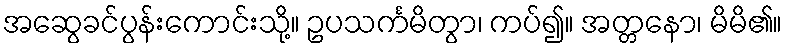
အဆွေခင်ပွန်းကောင်းသို့။ ဥပသင်္ကမိတွာ၊ ကပ်၍။ အတ္တနော၊ မိမိ၏။